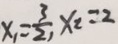
x _ { 1 } = \frac { 3 } { 2 } , x _ { 2 } = 2